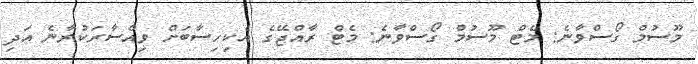
މޫސުމް ގޯސްވާނެ: މެޓް މޫސުމް ގޯސްވާނެ: މެޓް ރާއްޖޭގެ އެކިހިސާބަށް ވިއްސާރަކުރާނެ އަދި